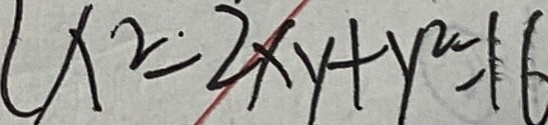
( x ^ { 2 } - 2 x y + y ^ { 2 } = 1 6